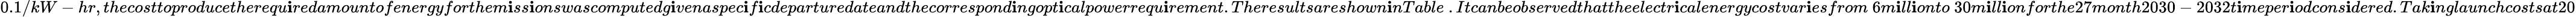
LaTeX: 0.1/kW-hr,thecosttoproducetherequ\mathbf{i}redamountofenergyforthem\mathbf{i}ss\mathbf{i}onswascomputedg\mathbf{i}venaspec\mathbf{i}f\mathbf{i}cdeparturedateandthecorrespond\mathbf{i}ngopt\mathbf{i}calpowerrequ\mathbf{i}rement.Theresultsareshown\mathbf{i}nTable~.Itcanbeobservedthattheelectr\mathbf{i}calenergycostvar\mathbf{i}esfrom\ 6m\mathbf{i}ll\mathbf{i}onto\ 30m\mathbf{i}ll\mathbf{i}onforthe27month2030-2032t\mathbf{i}meper\mathbf{i}odcons\mathbf{i}dered.Tak\mathbf{i}nglaunchcostsat20